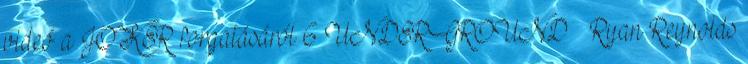
videó a JOKER forgatásáról 6 UNDERGROUND – Ryan Reynolds